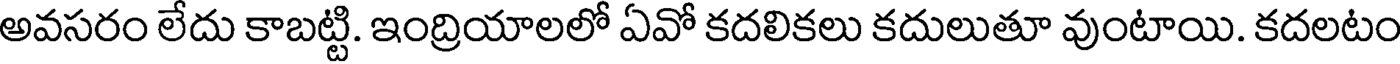
అవసరం లేదు కాబట్టి. ఇంద్రియాలలో ఏవో కదలికలు కదులుతూ వుంటాయి. కదలటం